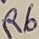
Text: R6